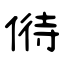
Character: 偫